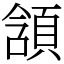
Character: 頷